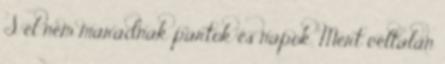
S el nem maradnak partok és napok, Mert céltalan